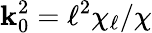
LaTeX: \mathbf{k}_{0}^{2}=\ell^{2}\chi_{\ell}/\chi